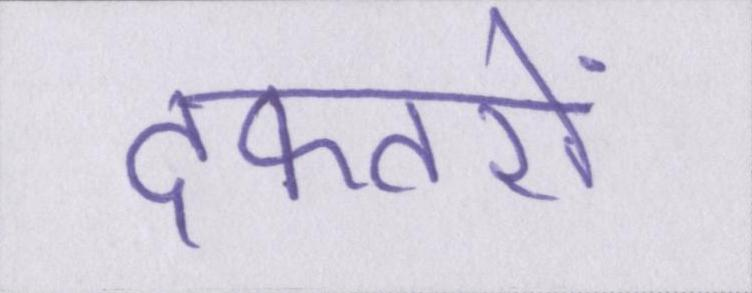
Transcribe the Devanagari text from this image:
दफ्तरों